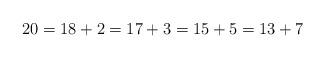
LaTeX: \begin{align*} 20 = 18 + 2 = 17 + 3 = 15 + 5 = 13 + 7\end{align*}